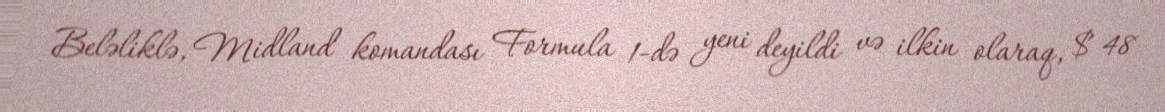
Beləliklə, Midland komandası Formula 1-də yeni deyildi və ilkin olaraq, $ 48